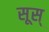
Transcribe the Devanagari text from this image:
सूस्